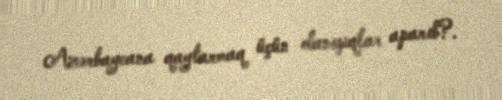
Azərbaycana qaytarmaq üçün danışıqlar aparıb?.